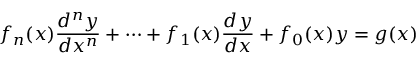
f _ { n } ( x ) { \frac { d ^ { n } y } { d x ^ { n } } } + \cdots + f _ { 1 } ( x ) { \frac { d y } { d x } } + f _ { 0 } ( x ) y = g ( x )